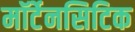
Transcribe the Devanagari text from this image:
मॉर्टेनसिटिक